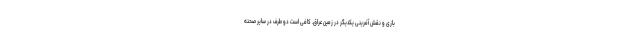
بازی و نقش آفرینی یکدیگر در زمین عراق. کافی است دو طرف در سایر صحنه